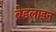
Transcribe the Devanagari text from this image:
ब्रेडलाइन